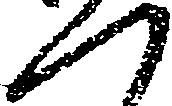
つ